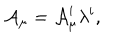
{ \cal A } _ { \mu } = { \cal A } _ { \mu } ^ { i } \lambda ^ { i } ,